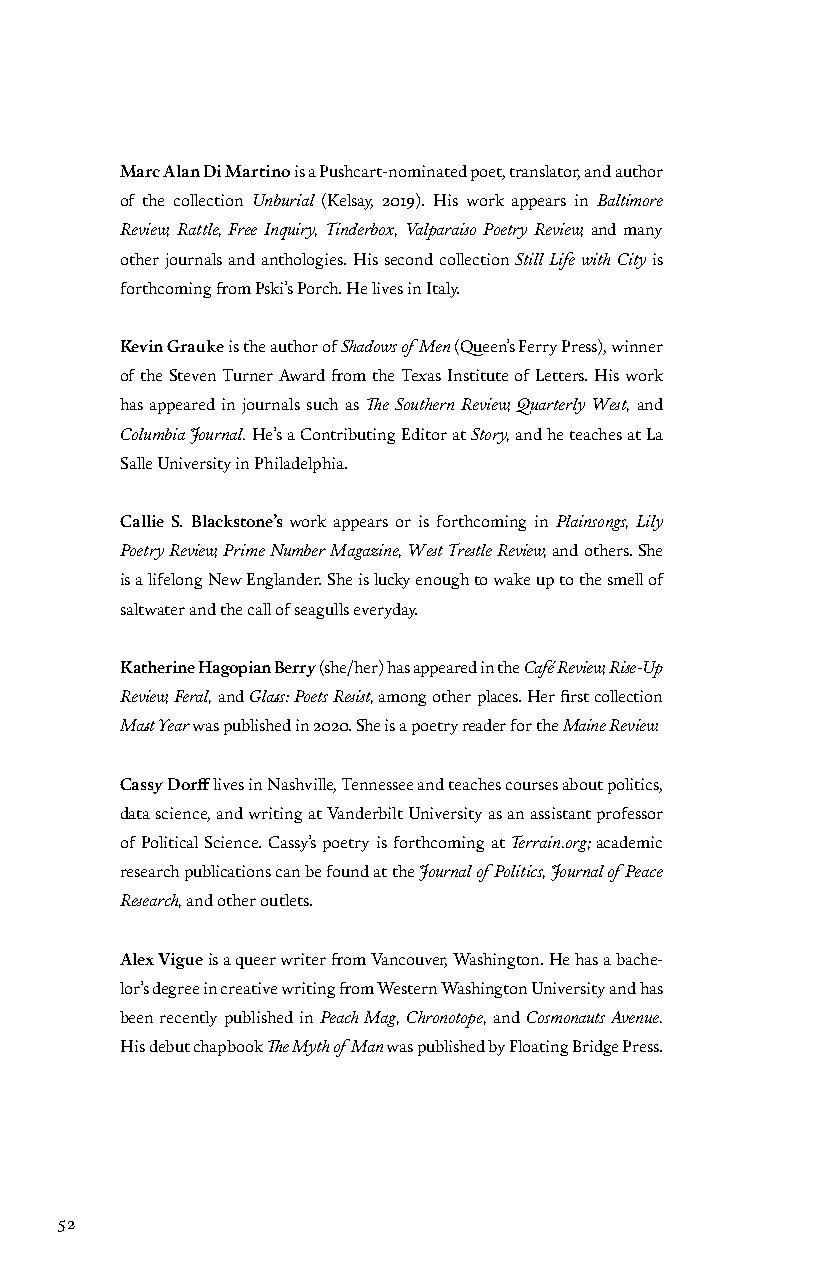
Marc Alan Di Martino is a Pushcart-nominated poet, translator, and author
 of the collection Unburial (Kelsay, 2019). His work appears in Baltimore
 Review, Rattle, Free Inquiry, Tinderbox, Valparaiso Poetry Review, and many
 other journals and anthologies. His second collection Still Life with City is
 forthcoming from Pski’s Porch. He lives in Italy.
 Kevin Grauke is the author of Shadows of Men (Queen’s Ferry Press), winner
 of the Steven Turner Award from the Texas Institute of Letters. His work
 has appeared in journals such as The Southern Review, Quarterly West, and
 Columbia Journal. He’s a Contributing Editor at Story, and he teaches at La
 Salle University in Philadelphia.
 Callie S. Blackstone’s work appears or is forthcoming in Plainsongs, Lily
 Poetry Review, Prime Number Magazine, West Trestle Review, and others. She
 is a lifelong New Englander. She is lucky enough to wake up to the smell of
 saltwater and the call of seagulls everyday.
 Katherine Hagopian Berry (she/her) has appeared in the Café Review, Rise-Up
 Review, Feral, and Glass: Poets Resist, among other places. Her first collection
 Mast Year was published in 2020. She is a poetry reader for the Maine Review.
 Cassy Dorff lives in Nashville, Tennessee and teaches courses about politics,
 data science, and writing at Vanderbilt University as an assistant professor
 of Political Science. Cassy’s poetry is forthcoming at Terrain.org; academic
 research publications can be found at the Journal of Politics, Journal of Peace
 Research, and other outlets.
 Alex Vigue is a queer writer from Vancouver, Washington. He has a bache-
 lor’s degree in creative writing from Western Washington University and has
 been recently published in Peach Mag, Chronotope, and Cosmonauts Avenue.
 His debut chapbook The Myth of Man was published by Floating Bridge Press.
 52